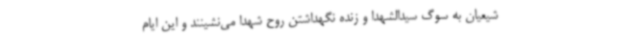
شیعیان به سوگ سیدالشهدا و زنده نگهداشتن روح شهدا می‌نشینند و این ایام